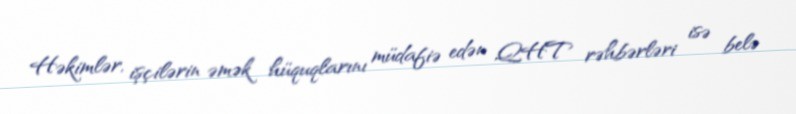
Həkimlər, işçilərin əmək hüquqlarını müdafiə edən QHT rəhbərləri isə belə